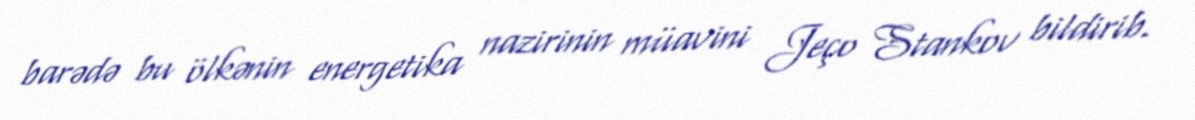
barədə bu ölkənin energetika nazirinin müavini Jeço Stankov bildirib.